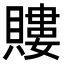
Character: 𧷡